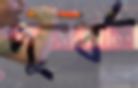
পুর্ব